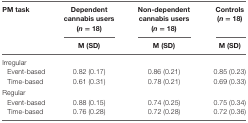
<table><thead><tr><td><b>PM task</b></td><td><b>Dependent cannabis users (<i>n</i> = 18)</b></td><td><b>Non-dependent cannabis users (<i>n</i> = 18)</b></td><td><b>Controls (<i>n</i> = 18)</b></td></tr><tr><td></td><td><b>M (SD)</b></td><td><b>M (SD)</b></td><td><b>M (SD)</b></td></tr></thead><tbody><tr><td>Irregular</td><td></td><td></td><td></td></tr><tr><td> Event-based</td><td>0.82 (0.17)</td><td>0.86 (0.21)</td><td>0.85 (0.23)</td></tr><tr><td> Time-based</td><td>0.61 (0.31)</td><td>0.78 (0.21)</td><td>0.69 (0.33)</td></tr><tr><td>Regular</td><td></td><td></td><td></td></tr><tr><td> Event-based</td><td>0.88 (0.15)</td><td>0.74 (0.25)</td><td>0.75 (0.34)</td></tr><tr><td> Time-based</td><td>0.76 (0.28)</td><td>0.72 (0.28)</td><td>0.72 (0.36)</td></tr></tbody></table>